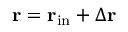
{ \bf r } = { \bf r } _ { \mathrm { i n } } + \Delta { \bf r }